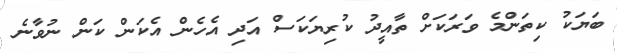
ބަޔަކު ކިތަންމެ ވަރަކަށް ތާއީދު ކުރިޔަކަސް އަދި އެހެން އެކަން ކަން ނުވާނެ